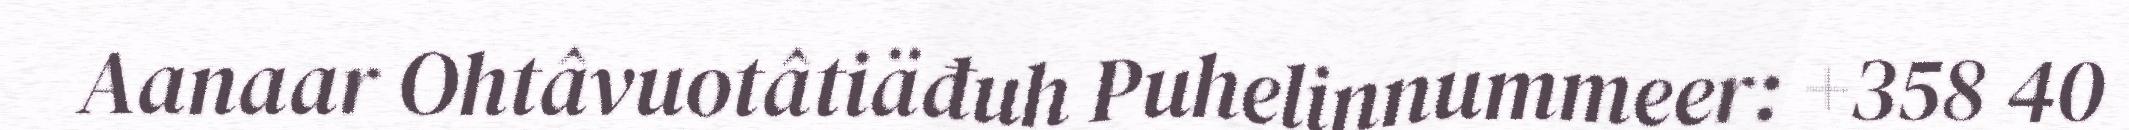
Aanaar Ohtâvuotâtiäđuh Puhelinnummeer: +358 40